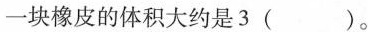
一块橡皮的体积大约是多()。